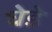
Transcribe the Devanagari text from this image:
घेडे